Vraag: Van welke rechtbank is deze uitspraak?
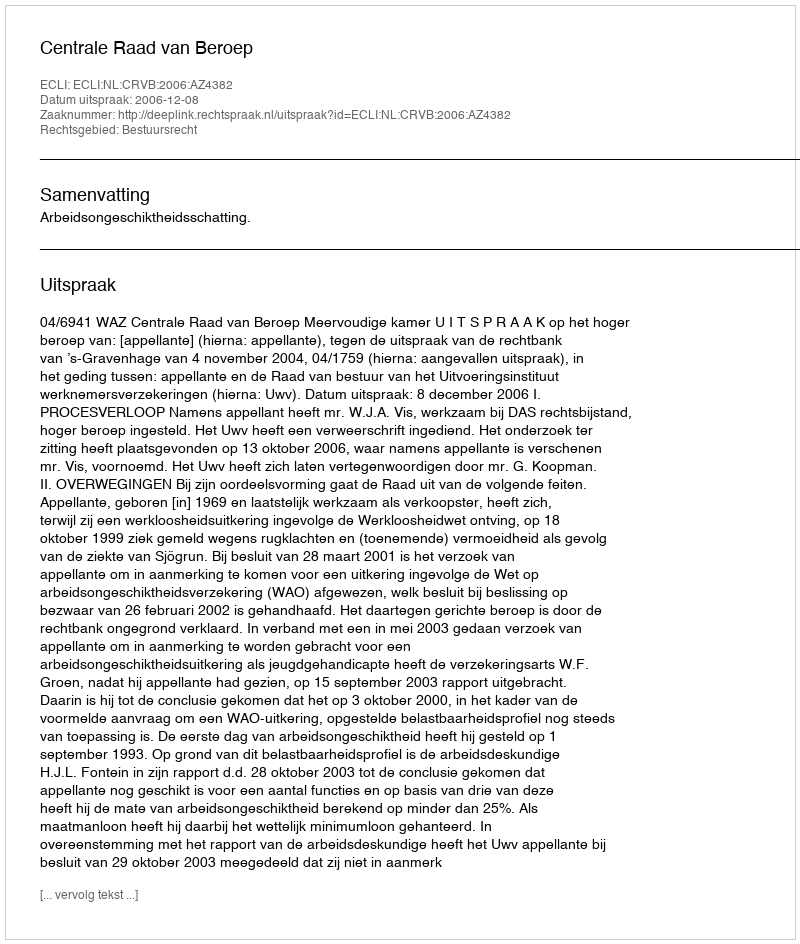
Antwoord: Centrale Raad van Beroep